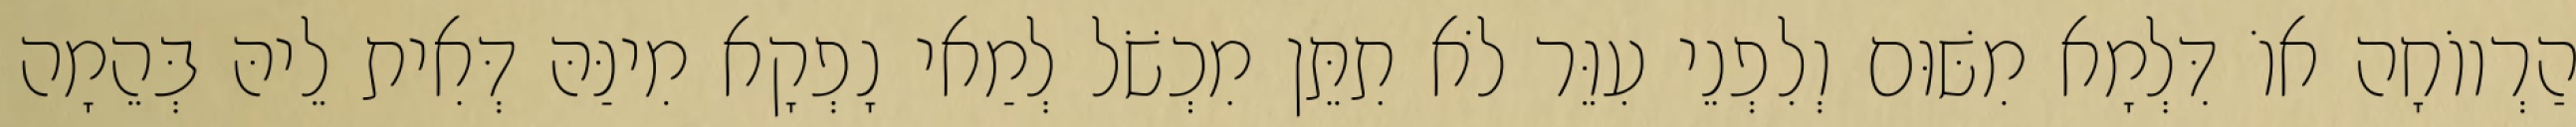
הַרְווֹחָה אוֹ דִּלְמָא מִשּׁוּם וְלִפְנֵי עִוֵּר לֹא תִתֵּן מִכְשֹׁל לְמַאי נָפְקָא מִינַּהּ דְּאִית לֵיהּ בְּהֵמָה